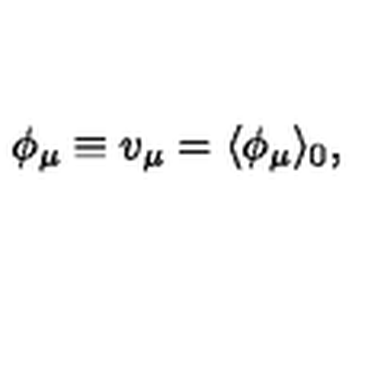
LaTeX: \phi _ { \mu } \equiv v _ { \mu } = \langle \phi _ { \mu } \rangle _ { 0 } ,